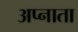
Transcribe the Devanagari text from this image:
अप्नाता